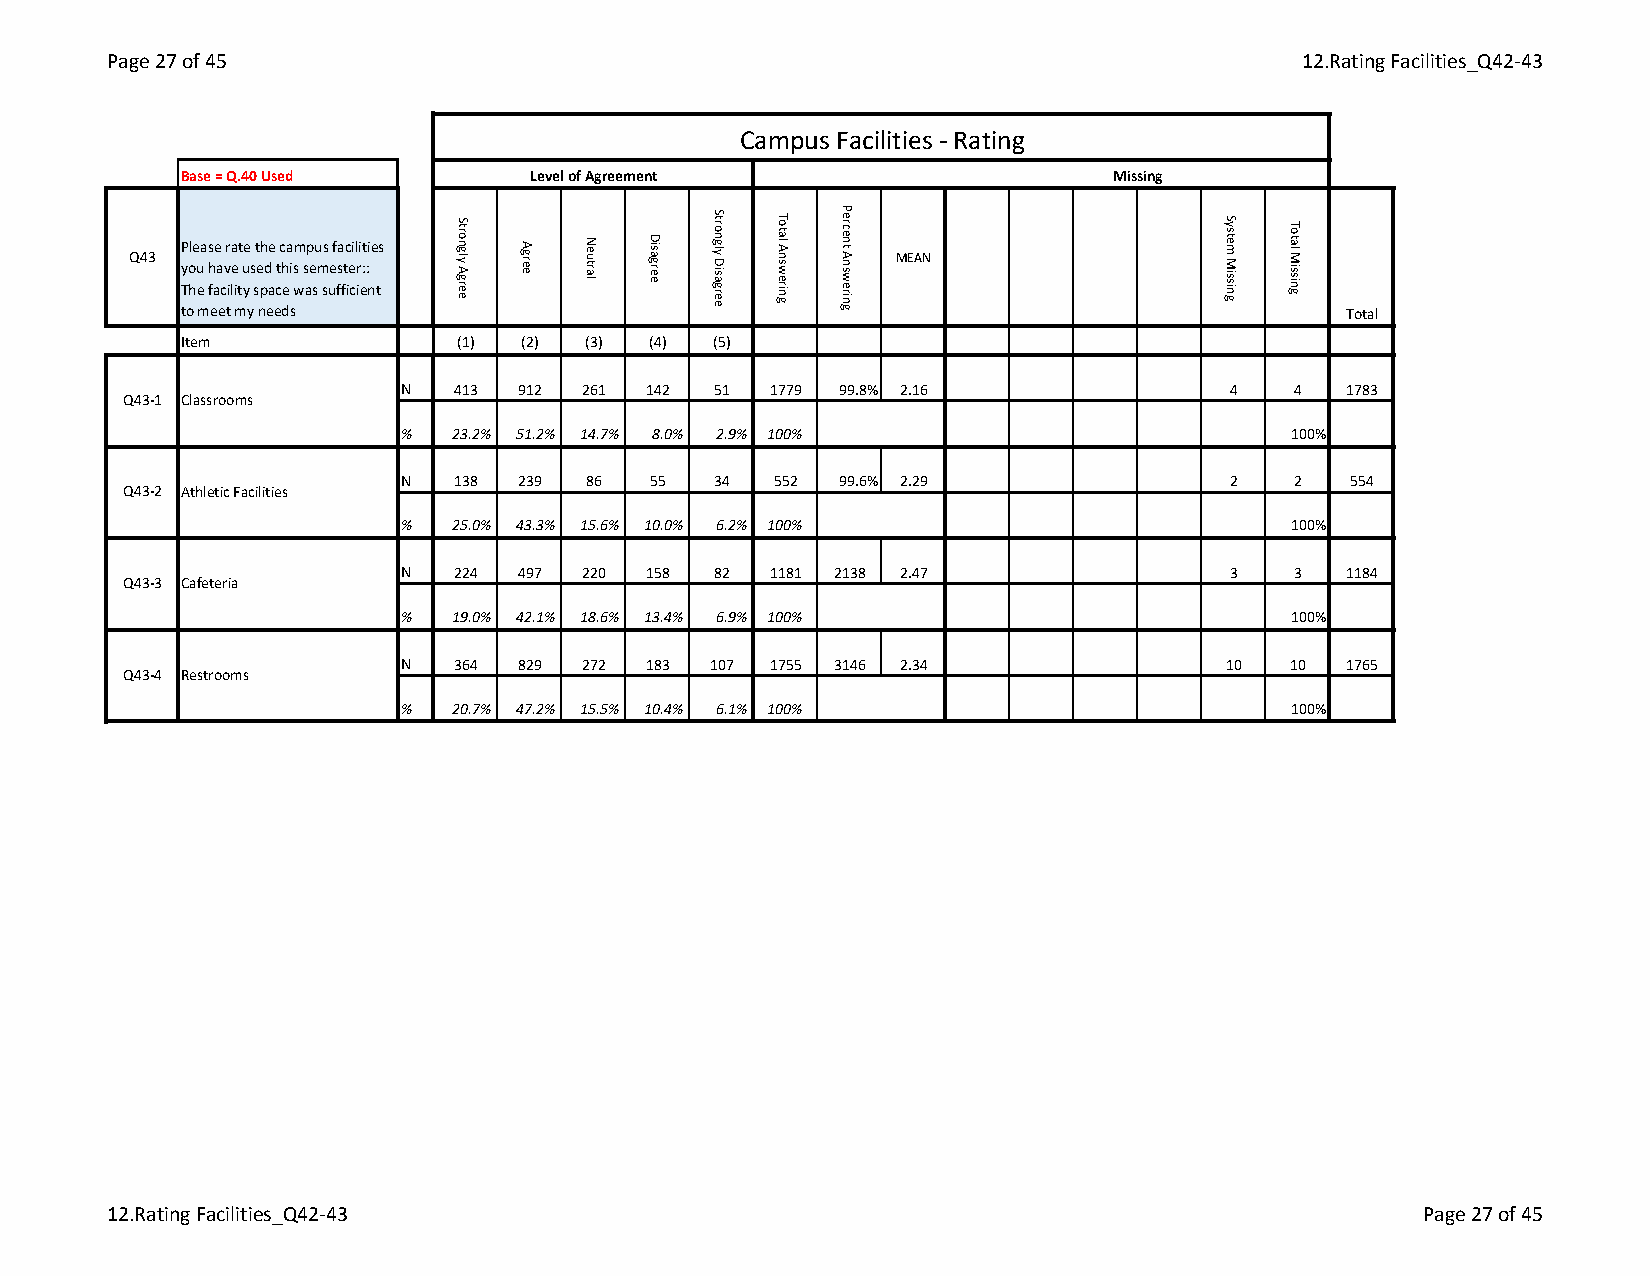
Page 27 of 45                                                                  12.Rating Facilities_Q42-43
 Campus Facilities - Rating
 Base = Q.40 Used       Level of Agreement                    Missing
 Please rate the campus facilities
 Q43                                                MEAN you have used this semester::
 The facility space was sufficient
 to meet my needs                                                             Total
 Item              (1) (2) (3)  (4) (5)
 N   413 912 261 142  51  1779 99.8% 2.16               4   4   1783
 Q43-1 Classrooms
 %   23.2% 51.2% 14.7% 8.0% 2.9% 100%                       100%
 N   138 239 86   55  34  552 99.6% 2.29                2   2   554
 Q43-2 Athletic Facilities
 %   25.0% 43.3% 15.6% 10.0% 6.2% 100%                      100%
 N   224 497 220 158  82  1181 2138 2.47                3   3   1184
 Q43-3 Cafeteria
 %   19.0% 42.1% 18.6% 13.4% 6.9% 100%                      100%
 N   364 829 272 183  107 1755 3146 2.34                10  10  1765
 Q43-4 Restrooms
 %   20.7% 47.2% 15.5% 10.4% 6.1% 100%                      100%
 12.Rating Facilities_Q42-43                                                            Page 27 of 45
 Strongly
 Agree
 Agree Neutral Disagree
 Strongly
 Disagree
 Total
 Answering
 Percent
 Answering
 System
 Missing
 Total
 Missing